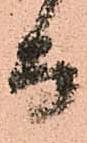
而